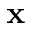
\mathbf { x }